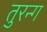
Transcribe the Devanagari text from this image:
तुरन्ग